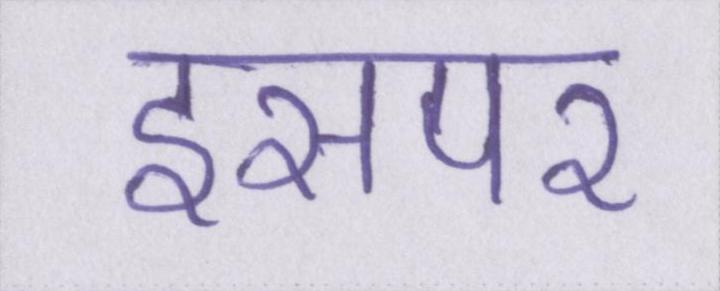
इसपर